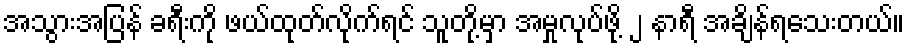
အသွားအပြန် ခရီးကို ဖယ်ထုတ်လိုက်ရင် သူတို့မှာ အမှုလုပ်ဖို့ ၂ နာရီ အချိန်ရသေးတယ်။